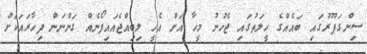
ސިންގަޕޫރުގައި ބައެއްގެ ހީލަތުގައި ޖެހުނު މީހާ އަށް އެހީ ލިބިއްޖެއައިފޯނެއް ގަންނަން ފިހާރައަކަށް